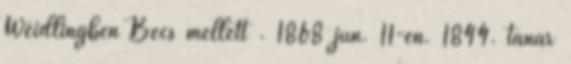
Weidlingben Bécs mellett . 1868 jún. 11-én. 1844. tanár